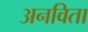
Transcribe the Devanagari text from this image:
अनविता